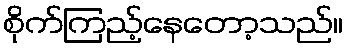
စိုက်ကြည့်နေတော့သည်။